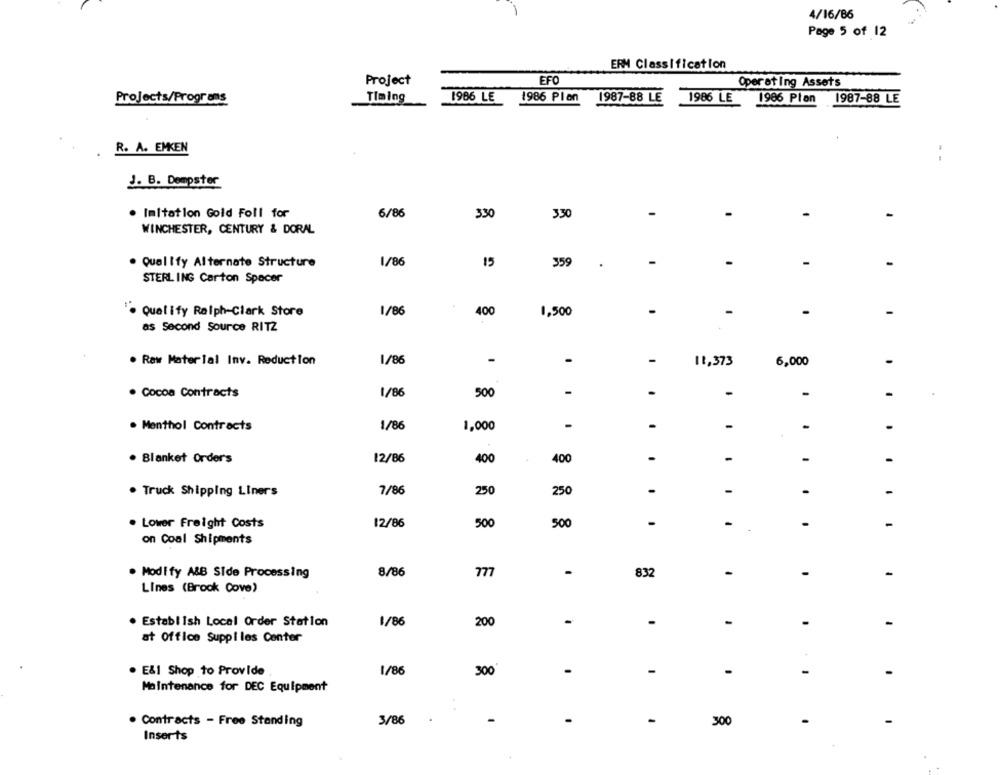
4/16/86
Page 5 of 12
ERM Classification
Project
EFO
Operating Assets
Projects/Progress
Timing
1986 LE
1986 Plan
1987-88 LE
1986 LE
1986 Plan
1987-88 LE
R. A. EMKEN
. -
J. B. Dempster
. Imitation Gold Foll for
6/86
3.30
330
WINCHESTER, CENTURY & DORAL
. Qualify Alternate Structure
1/86
15
359
.
STERLING Carton Spacer
1/86
-
Qualify Ralph-Clark Store
400
1,500
-
-
as Second Source RITZ
. Raw Material Inv. Reduction
1/86
-
-
-
11,373
6,000
· Cocoa Contracts
1/86
500
-
-
-
1/86
1,000
-
-
-
-
. Menthol Contracts
12/86
-
-
· Blanket Orders
400
400
-
-
. Truck Shipping Liners
7/86
250
250
-
-
-
. Lower Freight Costs
12/86
500
500
-
-
.
-
on Coal Shipments
. Modify A&B Side Processing
8/86
777
-
832
-
-
Lines (Brook Cove)
1/86
-
-
-
· Establish Local Order Station
200
-
-
at Office Supplles Center
. E&1 Shop to Provide
1/86
300
-
-
-
-
Maintenance for DEC Equipment
3/86
-
-
-
. Contracts - Free Standing
300
Inserts